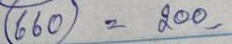
660 = 200